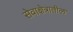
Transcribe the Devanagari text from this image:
सेवाक्षेत्रातील